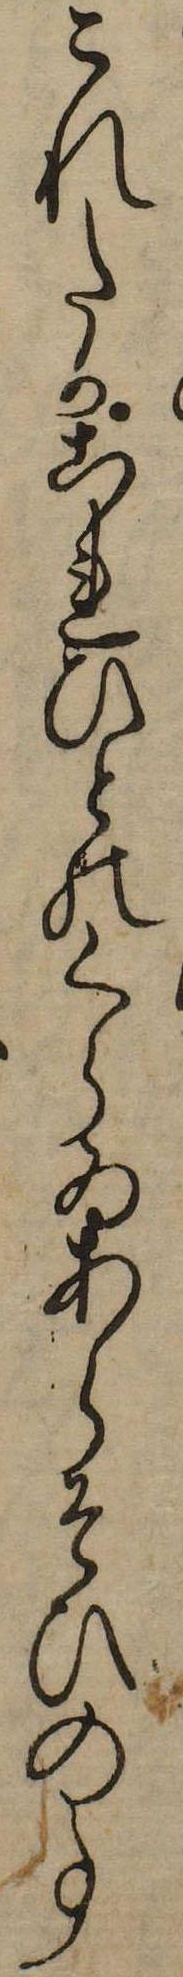
これたかこれひとのくらゐあらそひの事